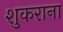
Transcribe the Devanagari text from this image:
शुकराना